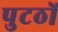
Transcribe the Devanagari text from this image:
पुटठों